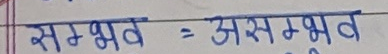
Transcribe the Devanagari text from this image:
सम्भव = असम्भव